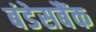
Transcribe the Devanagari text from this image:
बंडेसबैंक